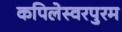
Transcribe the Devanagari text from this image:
कपिलेस्वरपुरम